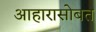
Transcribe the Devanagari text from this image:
आहारासोबत